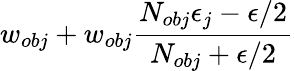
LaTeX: w_{obj}+w_{obj}\frac{N_{obj}\epsilon_{j}-\epsilon/2}{N_{obj}+\epsilon/2}